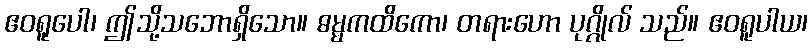
ဧဝရူပေါ၊ ဤသို့သဘောရှိသော။ ဓမ္မကထိကော၊ တရားဟော ပုဂ္ဂိုလ် သည်။ ဧဝရူပါယ၊